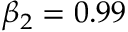
\beta _ { 2 } = 0 . 9 9